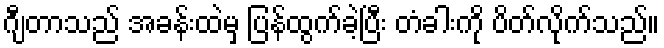
ဂျီတာသည် အခန်းထဲမှ ပြန်ထွက်ခဲ့ပြီး တံခါးကို ပိတ်လိုက်သည်။